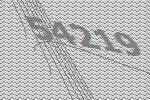
54219